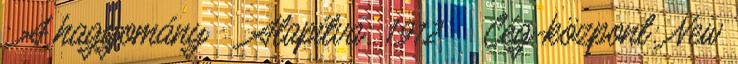
: A hagyomány  Alapítva: 1912  Cég-központ: New